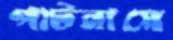
পাটনায়ে